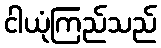
ငါယုံကြည်သည်